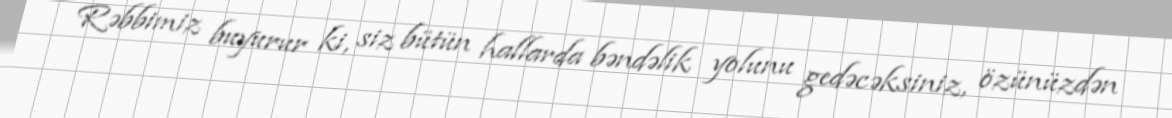
Rəbbimiz buyurur ki, siz bütün hallarda bəndəlik yolunu gedəcəksiniz, özünüzdən